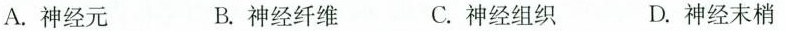
A. 神经元 B. 神经纤维 C. 神经组织 D. 神经末梢